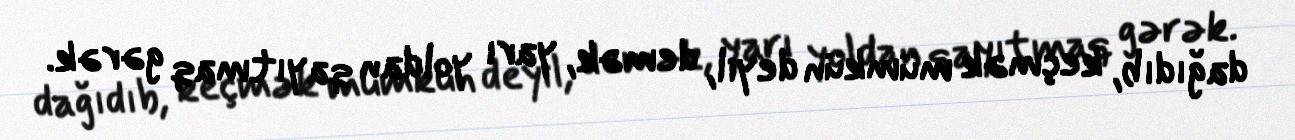
dağıdıb, keçmək mümkün deyil, demək, yarı yoldan qayıtmaq gərək.